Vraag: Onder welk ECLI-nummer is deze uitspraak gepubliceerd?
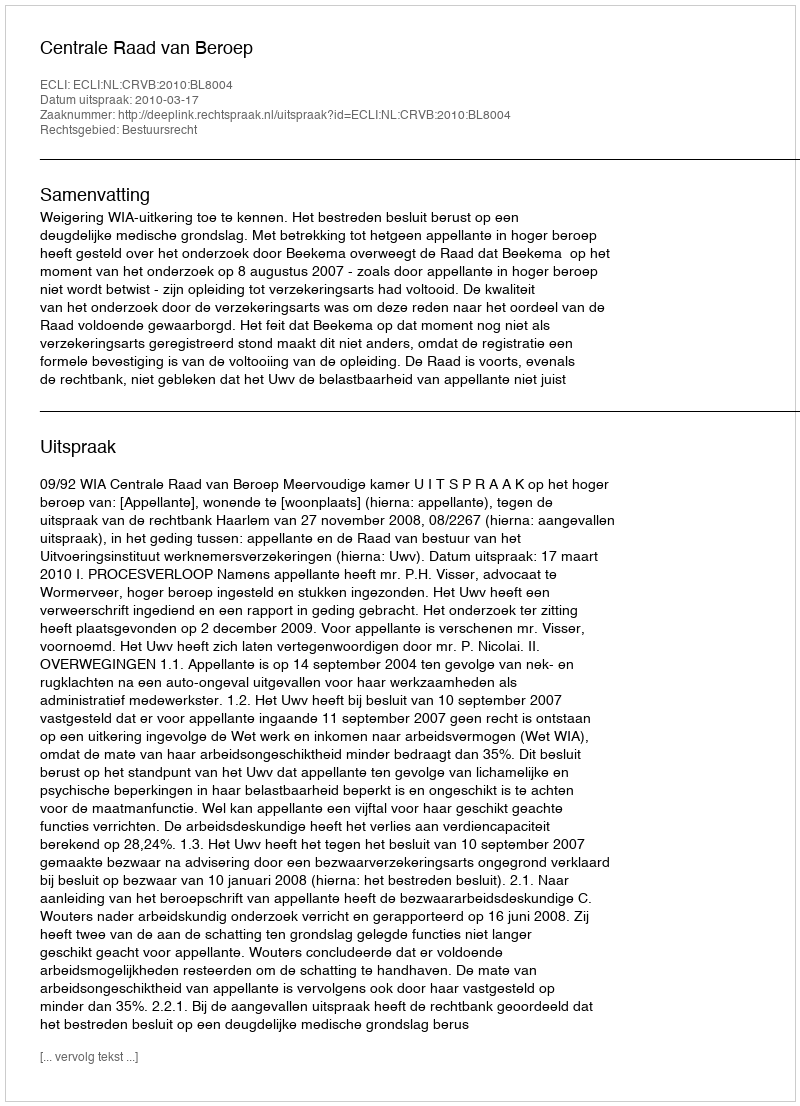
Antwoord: ECLI:NL:CRVB:2010:BL8004